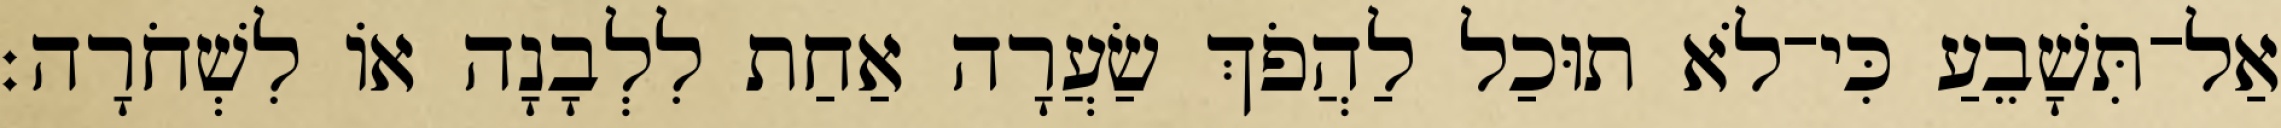
אַל־תִּשָׁבֵעַ כִּי־לֹא תוּכַל לַהֲפֹךְ שַׂעֲרָה אַחַת לִלְבָנָה אוֹ לִשְׁחֹרָה׃